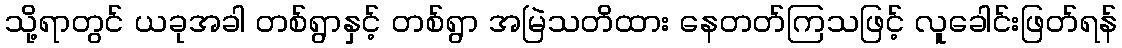
သို့ရာတွင် ယခုအခါ တစ်ရွာနှင့် တစ်ရွာ အမြဲသတိထား နေတတ်ကြသဖြင့် လူခေါင်းဖြတ်ရန်